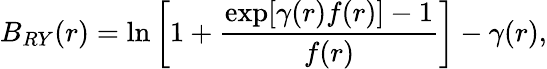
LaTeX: B_{RY}(r)=\ln\left[1+\frac{\exp[\gamma(r)f(r)]-1}{f(r)}\right]-\gamma(r),